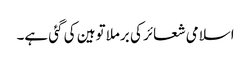
اسلامی شعائر کی برملا توہین کی گئی ہے۔